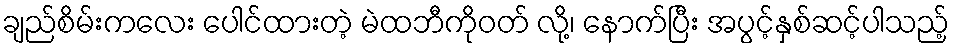
ချည်စိမ်းကလေး ပေါင်ထားတဲ့ မဲထဘီကိုဝတ် လို့၊ နောက်ပြီး အပွင့်နှစ်ဆင့်ပါသည့်